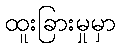
ထူးခြားမှုမှာ